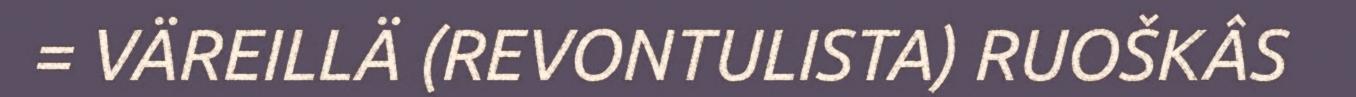
= VÄREILLÄ (REVONTULISTA) RUOŠKÂS